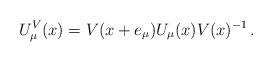
LaTeX: \begin{align*}U^V_\mu(x) = V(x + e_\mu) U_\mu(x) V(x)^{-1} \, .\end{align*}